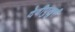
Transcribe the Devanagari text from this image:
देवीपुखुरी